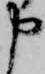
申